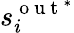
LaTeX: s_{i}^{\mathrm{~o~u~t~}^{*}}